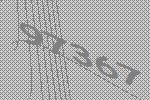
97367